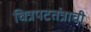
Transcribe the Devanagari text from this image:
चित्रपटतंत्राची